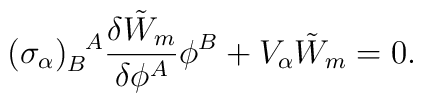
(\sigma_\alpha)_B^{~~\!A} \frac{\delta\tilde{W}_m}{\delta \phi^A} \phi^B +V_\alpha \tilde{W}_m=0.